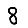
Digit: 8